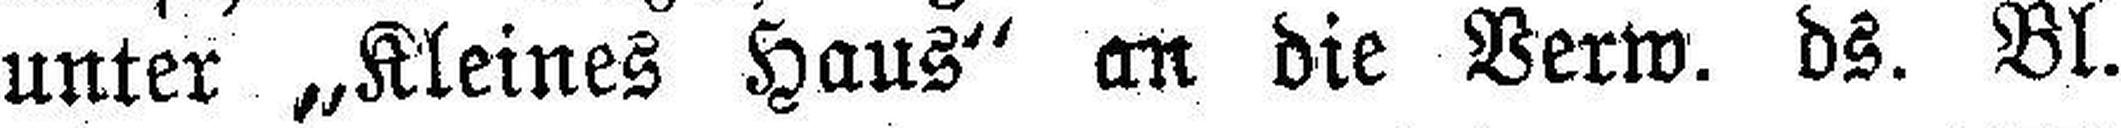
unter „Kleines Haus“ an die Verw. ds. Bl.